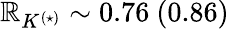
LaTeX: \mathbb{R}_{K^{(\star)}}\sim0.76~(0.86)